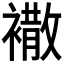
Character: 𧝠